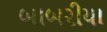
બાબરીયા